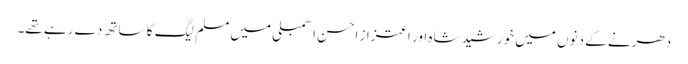
دھرنے کے دنوں میں خورشید شاہ اور اعتزاز احسن اسمبلی میں مسلم لیگ کا ساتھ دے رہے تھے۔